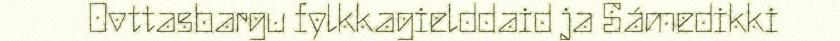
Ovttasbargu fylkkagielddaid ja Sámedikki